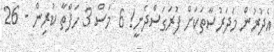
އެދުރުން މަދަރުސާތަކަށް ފުރަގަސްދެނީ! 6 މަސް 3 ހަފްތާ ކުރިން - 26